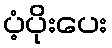
ပံ့ပိုးပေး